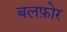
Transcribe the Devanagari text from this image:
बलफ़ोर